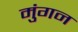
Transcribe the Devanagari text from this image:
मुंगन